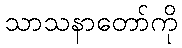
သာသနာတော်ကို